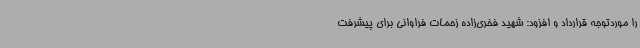
را موردتوجه قرارداد و افزود: شهید فخری‌زاده زحمات فراوانی برای پیشرفت